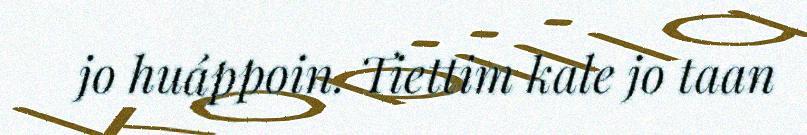
jo huáppoin. Tiettim kale jo taan